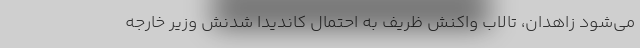
می‌شود زاهدان، تالاب واکنش ظریف به احتمال کاندیدا شدنش وزیر خارجه